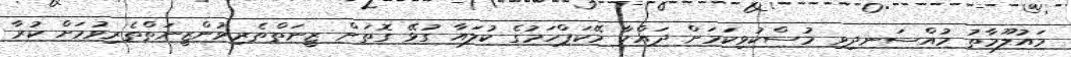
މައުލޫމާތު މުއްސަނދިވި މުސްކުޅިކަމަށް ދައްކާ މޭކަޕްހަމުގެ ކުލައާ ގުޅޭ ގޮތަށް ޒީނަތްތެރިވުންޒީނަތްތެރިވުމަށް ކުރާ